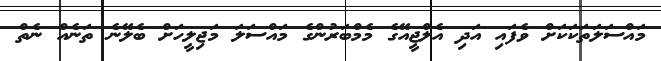
މައްސަލަތަަކަކަށް ވެފައި އަދި އެލްޖީއޭގެ މެމްބަރުންގެ މައްސަަލަ މަޖިލީހަށް ބެލޭނެ ތަނެއް ނެތް